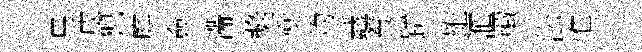
馬戌猊庭僉滯奬衝灼鑫養躋雄滙輙㳂惟